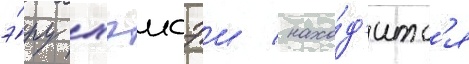
э́ру хэисэи / нахо́д'итс'я